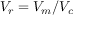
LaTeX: V _ { r } = V _ { m } / V _ { c }